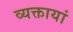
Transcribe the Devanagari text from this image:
व्यक्तायां